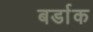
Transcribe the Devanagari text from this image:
बर्डाक